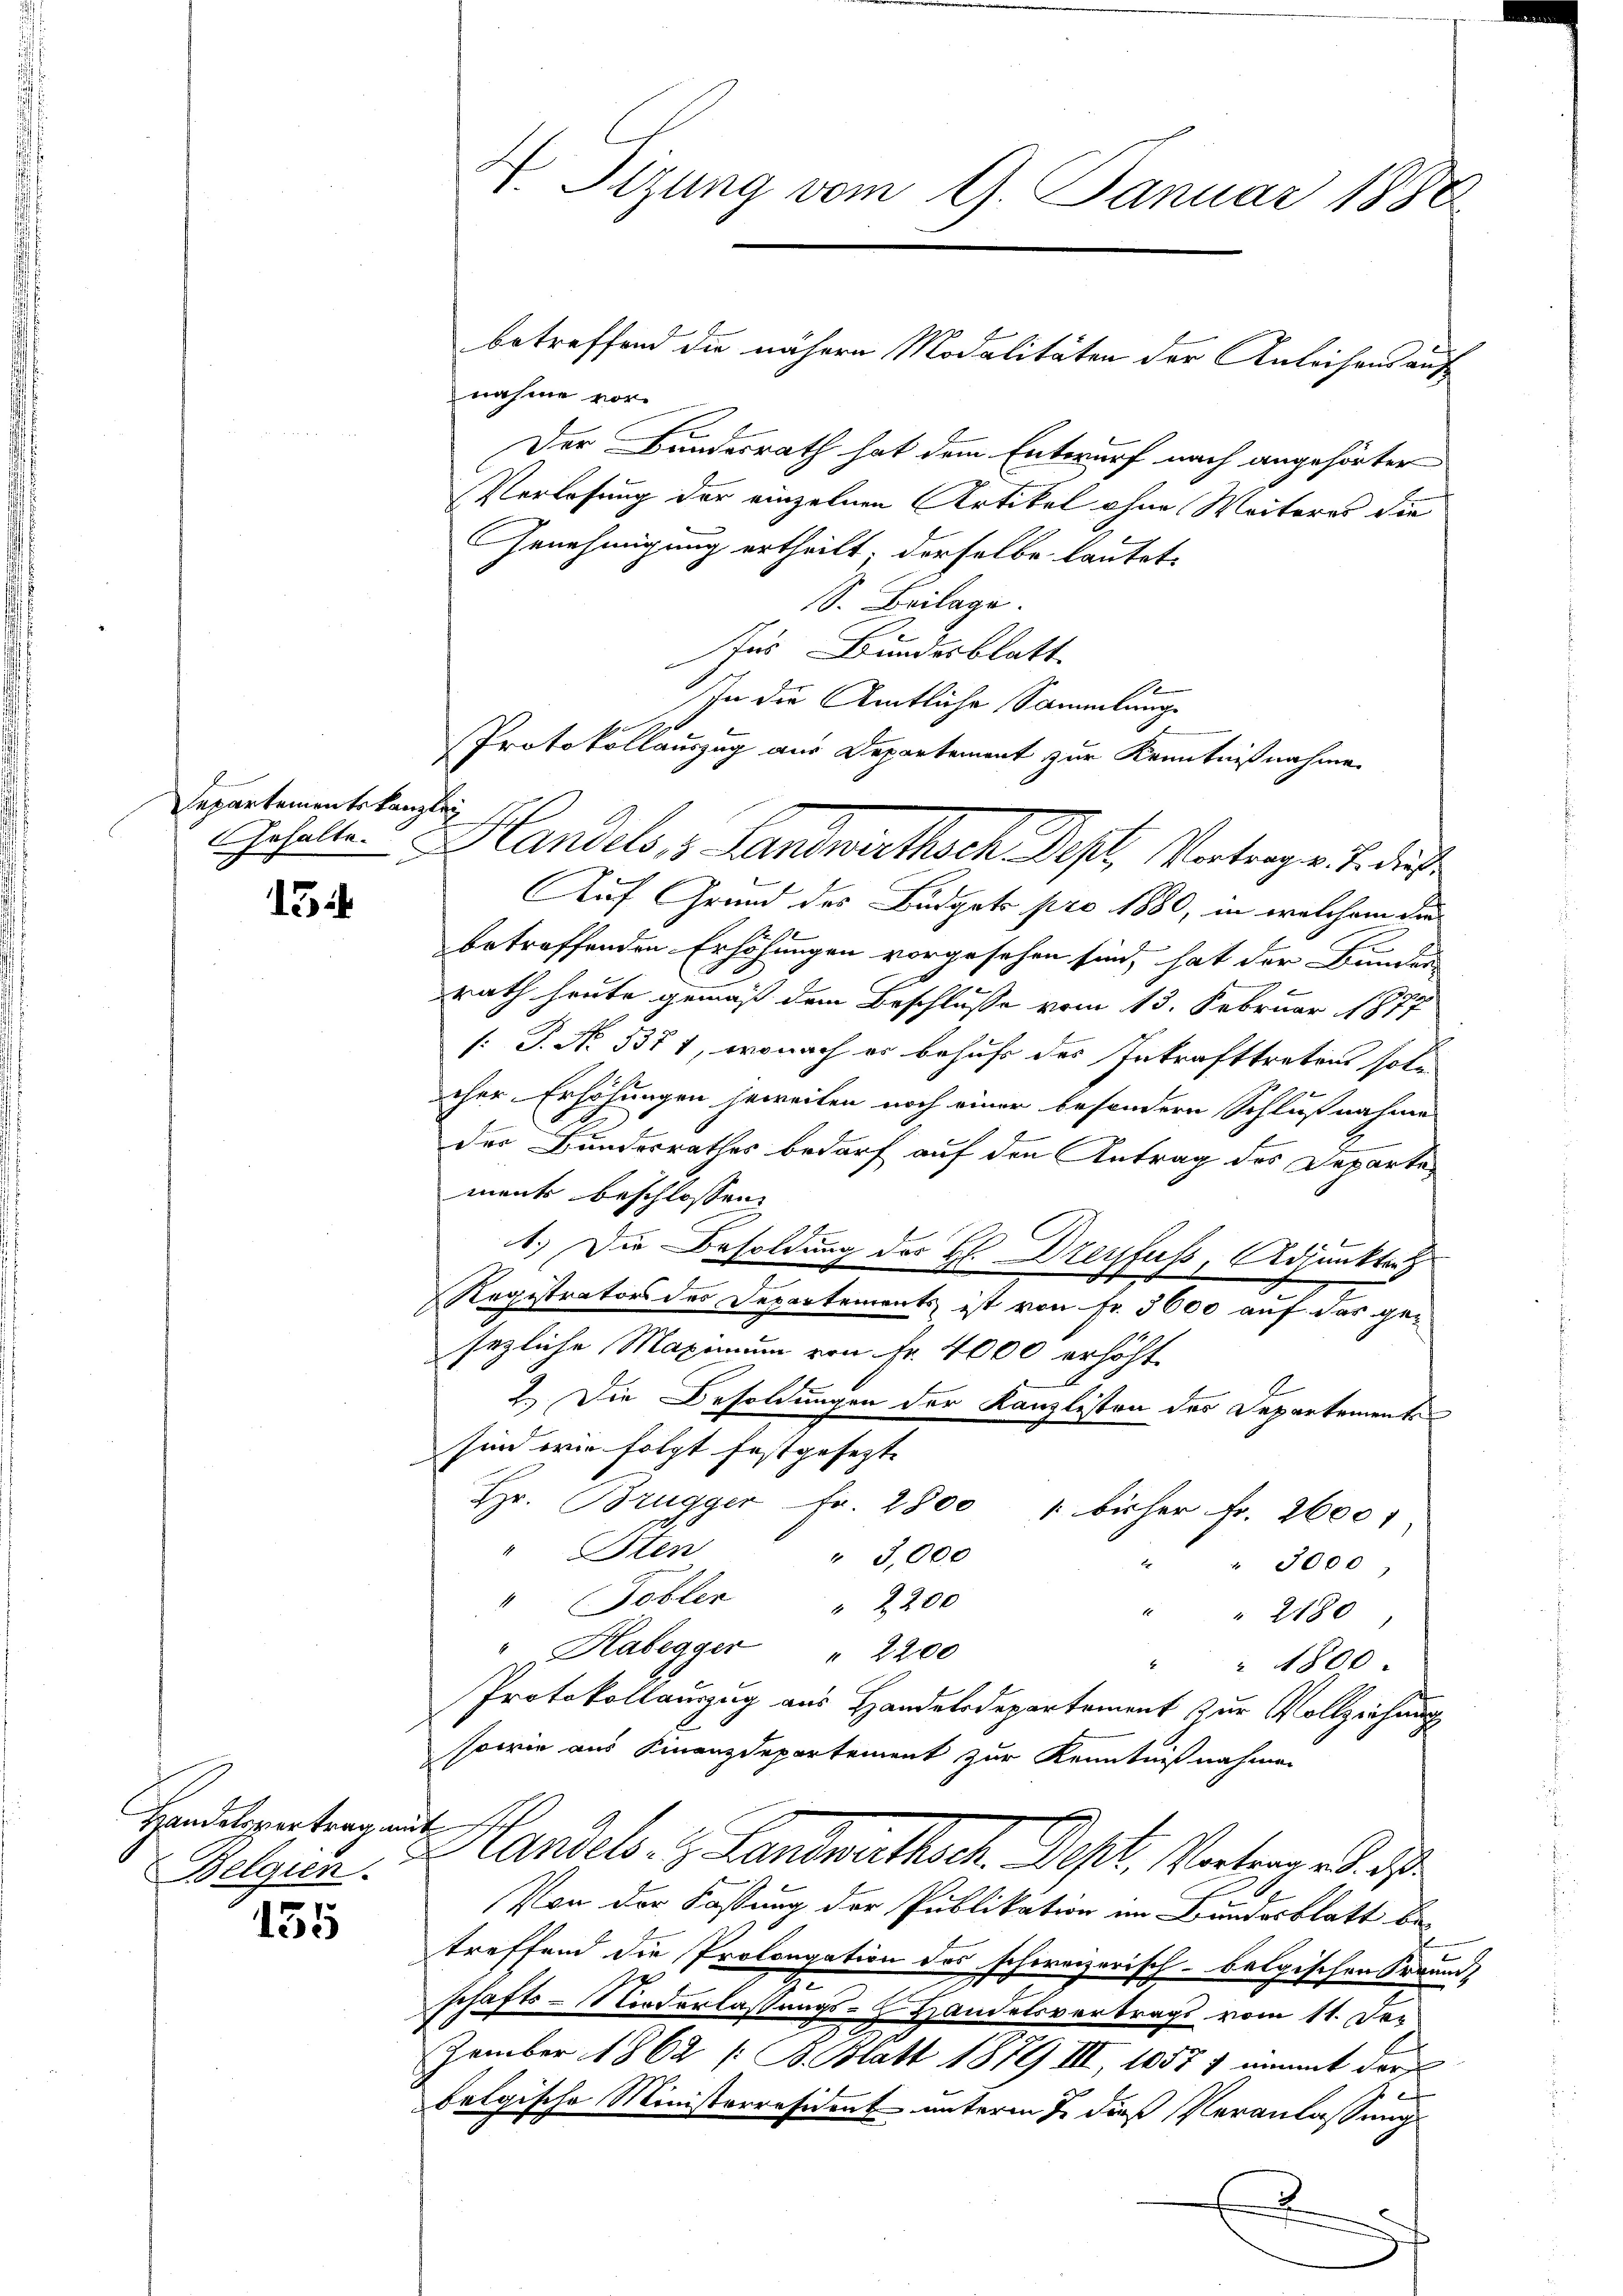
Separtementskanzlei

15

Handelsvertrag mit

155

4. Sizung vom 9. Januar 1888

nahme vor.
Der Bundesrath hat dem Entwurf nach angehörter
Verlosung der einzelnen Artikel ohne Weiteres die
GGenehmigung ertheilt. Derselbe lautet,
S. Beilage
Ins Bundesblatt
Auf Grund des Budgets pro 1880, in welchem die
betreffenden Erhöhungen vorgesehen sind, hat der Bunder
rath heute gemäß dem Beschlusse vom 13. Februar 1877
[: P. Nr. 3371, wonach es behufs des Inkrafttretens soll

cher Erhöhungen jeweilen noch einer besondern Schlußnahme
der Bundesrathes bedarf auf den Antrag des Departen
menk beschlossen:
1.) Die Besoldung des H. Dreyfuss, Adjunkte z
c
Registrators des Departements ist von Fr. 5600 auf das gesezliche Maximum von Fr. 4000 erhöht.
2.) Die Besoldungen der Kanzlisten des Departements
sind wie folgt festgesezt. |
Hr. Brugger Fr. 2800 " bisher Fr. 2600
Plen
" 3,000
" 3000
" (Tobler " 2200
" " 2180
" Habegger " 2200
" " 1500
Protokollauszug aus Handelsdepartement zur Vollziehung
sowie aus Finanzdepartement zur Kenntnißnahmen
Belgica. Handels- & Landrathsch. Dest. Vertrages d
Von der Fassung der Publikation im Bundesblatt be-
treffend die Prolongation des schweizerisch-belgischen Fraun-
7
schafts-Niederlassungs- Handelsvertrags vom 11. Der
Zember 1862 / B. Blatt 1879 III, 10577 unmit der
belgische Ministerräsident unterm 2. dieß Veranlassungs
x

In die Amtliche Sammlunge
Protokollauszug aus Departement zur Kenntnißnahme
Gehalte. - Handels, 3 Landwirthsch Des Vertrag v. J. diese

betreffend die nähern Modalitäten der Anleihens auf